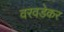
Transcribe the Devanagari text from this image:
वरवडेकर